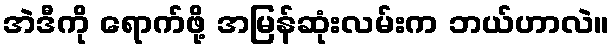
အဲဒီကို ရောက်ဖို့ အမြန်ဆုံးလမ်းက ဘယ်ဟာလဲ။